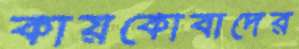
কায়কোবাদের